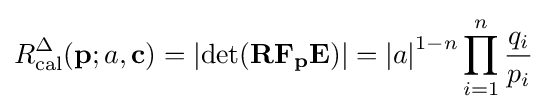
R_{\text{cal}}^{\Delta }(\mathbf {p} ;a,\mathbf {c} )=\left|\operatorname {det} (\mathbf {RF_{p}E} )\right|=\left|a\right|^{1-n}\prod _{i=1}^{n}{\frac {q_{i}}{p_{i}}}